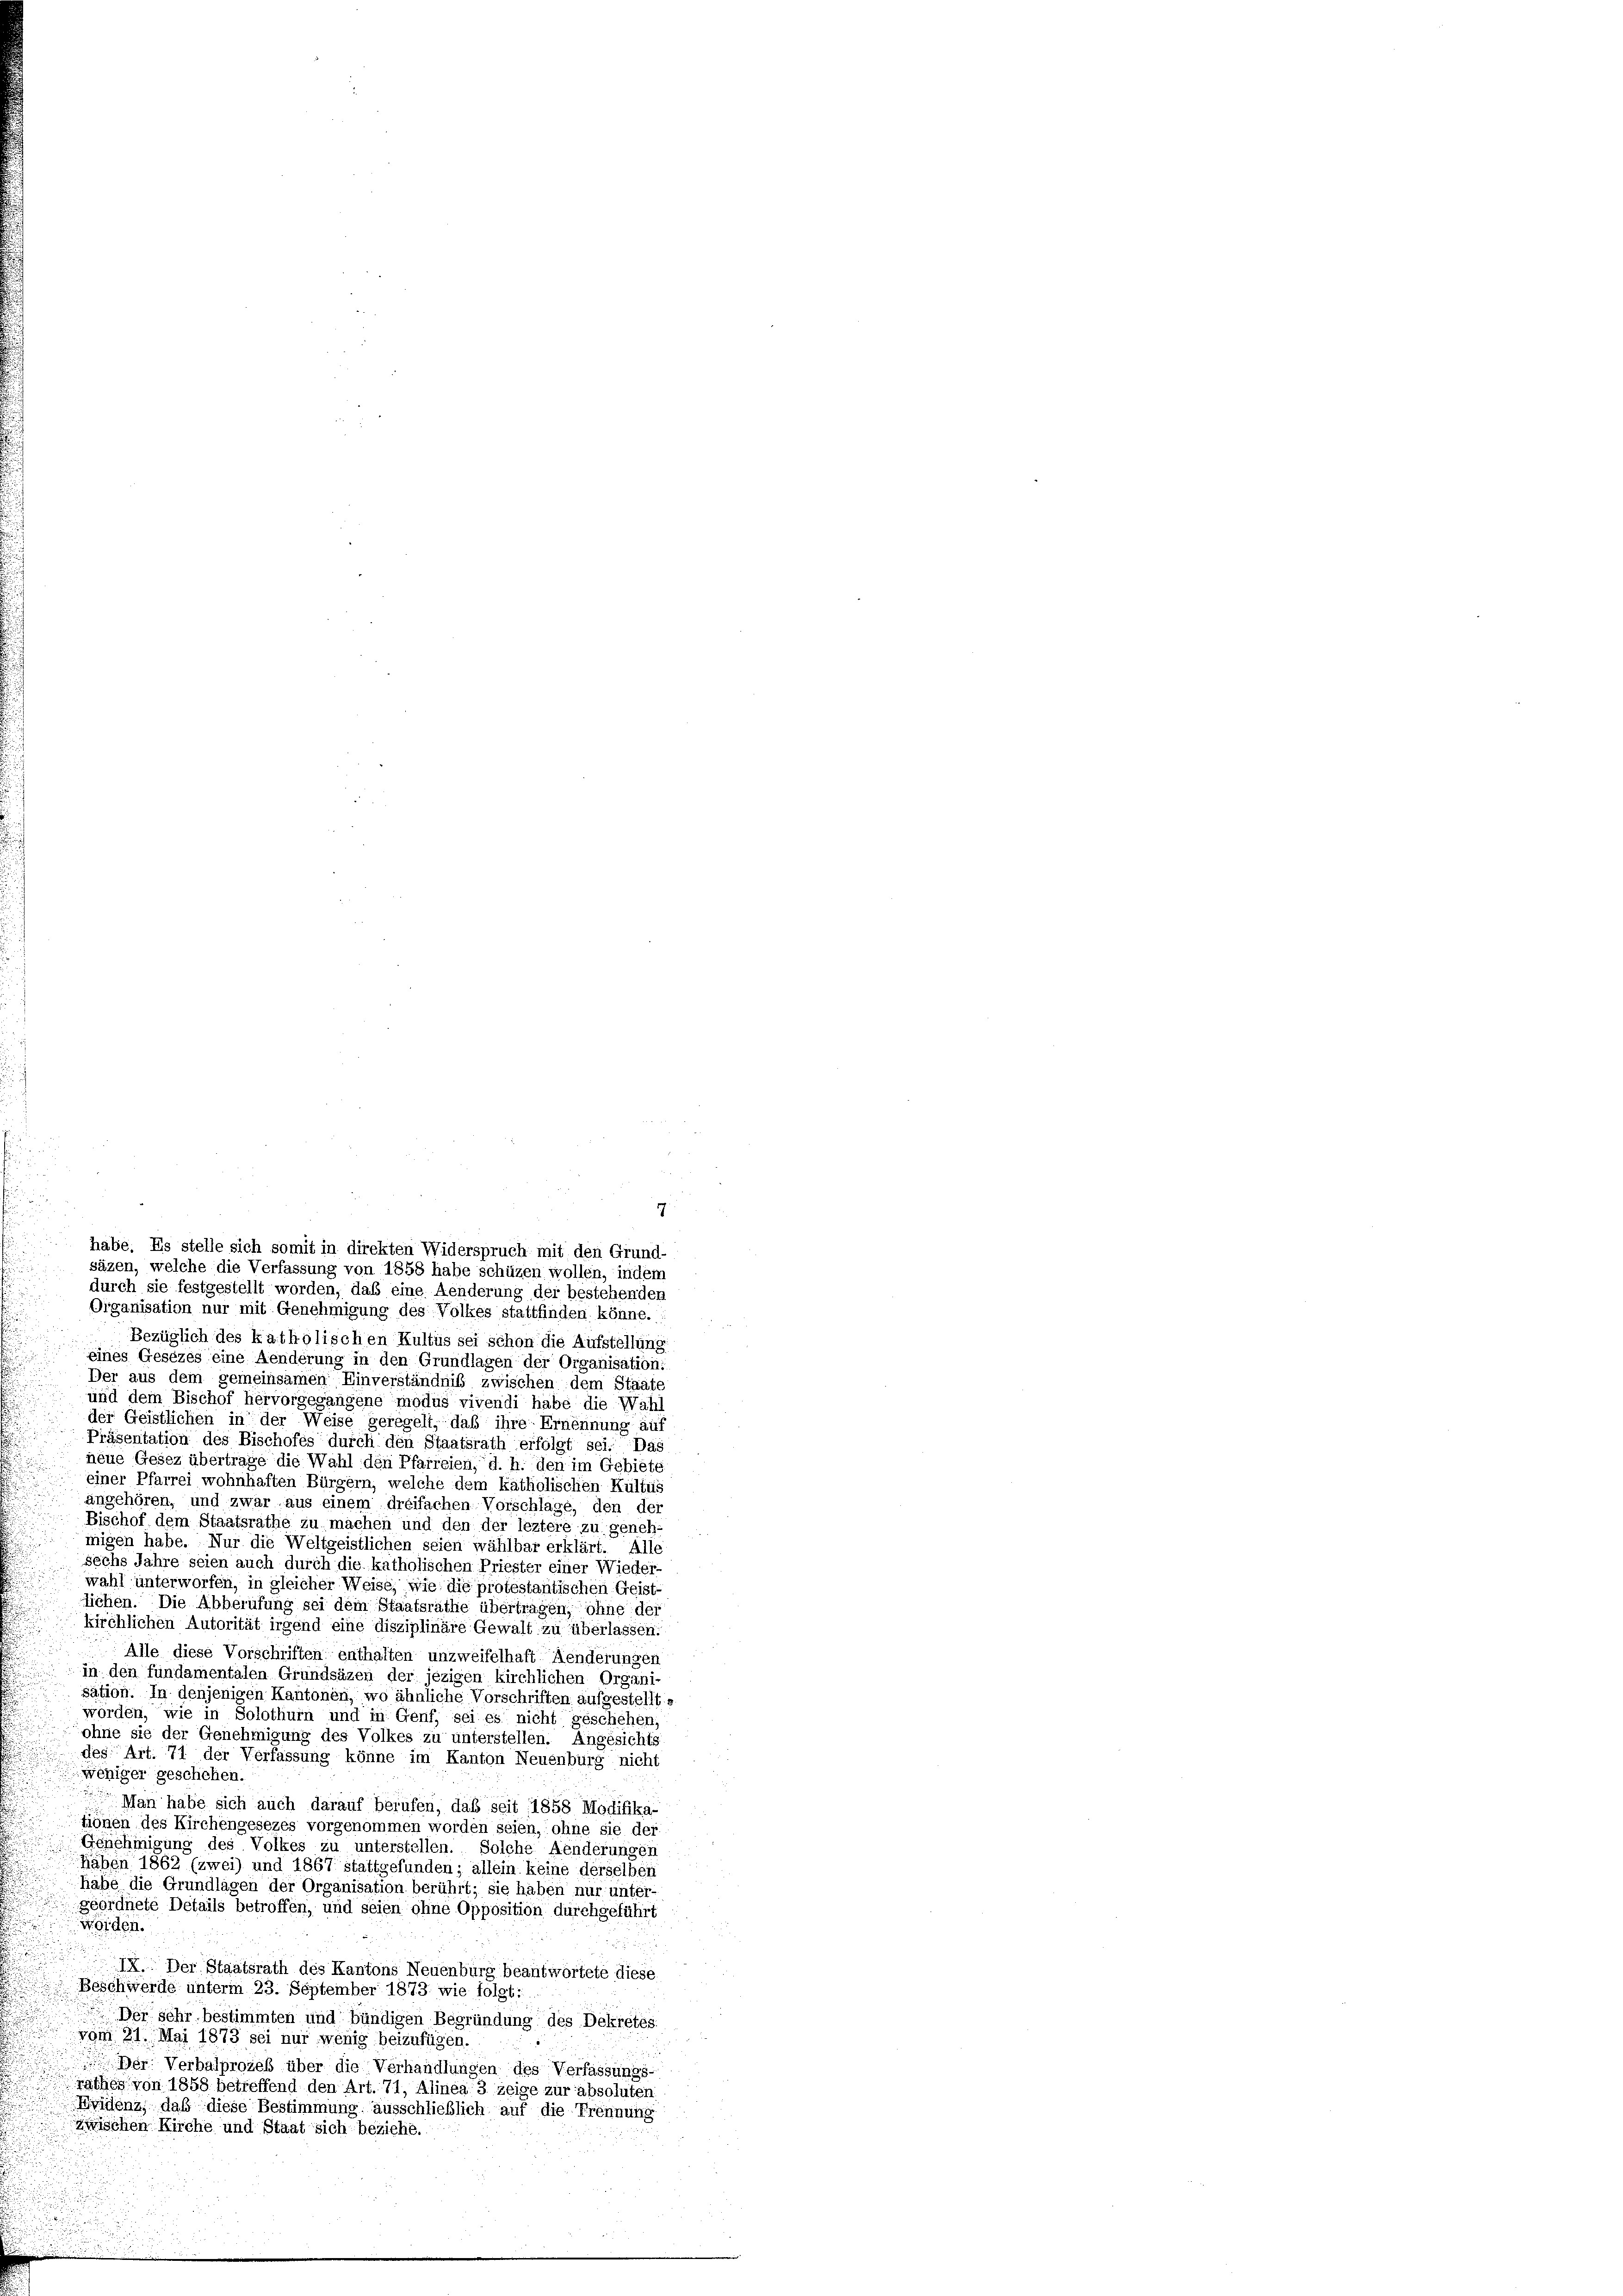
durch sie festgestellt worden, das eine Aenderung der bestehenden
Organisation nur mit Genehmigung des Volkes stattfinden könne.
Bezüglich des katholischen Kultus sei schon die Aufstellung
eines Gesezes eine Aenderung in den Grundlagen der Organisation:
Der aus dem gemeinsamen Einverständniß zwischen dem Staate
und dem Bischof hervorgegangene modus vivendi habe die Wahl
der Geistlichen in der Weise geregelt, daß ihre Ernennung au
Präsentation des Bischofes durch den Staatsrath erfolgt sei. Das
neue Gesez übertrage die Wahl den Pfarreien, d. h. den im Gebiete
einer Pfarrei wohnhaften Bürgern, welche dem katholischen Kultus
angehören, und zwar aus einem dreifachen-Vorschlage, den der
Bischof dem Staatsräthe zu machen und den der leztere zu geneh-
migen habe. Nur die Weltgeistlichen seien wählbar erklärt. Alle
sechs Jahre seien auch durch die katholischen Priester einer Wieder-
wahl unterworfen, in gleicher Weise, wie die protestantischen Geist-
lichen. Die Abberufung sei dem Staatsräthe übertragen, ohne der
kirchlichen Autorität irgend eine disziplinäre Gewalt zu überlassen.
Alle diese Vorschriften enthalten unzweifelhaft Aenderunger
in den fundamentalen Grundsäzen der jezigen kirchlichen Organi
sation. In denjenigen Kantonen, wo ähnliche Vorschriften aufgestellt s
worden, wie in Solothurn und in Genf, sei es nicht geschehen,
ohne sie der Genehmigung des Volkes zu unterstellen. Angesichts
des Art. 71 der Verfassung könne im Kanton Neuenburg nicht
weniger geschehen.
Man habe sich auch darauf berufen, daß seit 1858 Modifika-
tionen des Kirchengesezes vorgenommen worden seien, ohne sie der
Genehmigung des Volkes zu unterstellen. Solche Aenderungen
Haben 1862 (zwei) und 1867 stattgefunden; allein keine derselben
hähe die Grundlagen der Organisation berührt; sie haben nur unter-
geordnete Details betroffen, und seien ohne Opposition durchgeführt
worden.
IX. Der Staatsrath des Kantons Neuenburg beantwortete diese
Beschwerde unterm 23. September 1873. wie folgt:
Der sehr bestimmten und bündigen Begründung des Dekretes.
vom 31. Mai 1873 sei nur wenig beizufügen.
Ger. Verbalprozeß über die Verhandlungen des Verfassungs-
rathes von 1858 betreffend den Art. 71, Alinea 3 zeige zur absoluten
Fridenz, daß diese Bestimmung ausschließlich auf die Trennung
zwischen Kirche und Staat sich beziehe.

g.
habe. Es stelle sich somit in direkten Widerspruch mit den Grund-
säzen, welche die Verfassung von 1858 habe schüzen wollen, indem